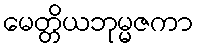
မေတ္တိယဘုမ္မဇကာ